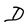
Character: D